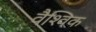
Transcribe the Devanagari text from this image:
वैश्‍िवक